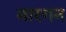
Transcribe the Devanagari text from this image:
मारगन